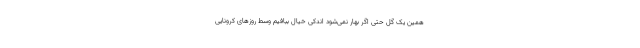
همین یک گل حتی اگر بهار نمی‌شود اندکی خیال ببافیم وسط روزهای کرونایی